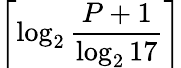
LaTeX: \left\lceil\log_{2}{\frac{P+1}{\log_{2}17}}\right\rceil